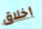
أخلاق